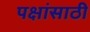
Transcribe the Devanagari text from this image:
पक्षांसाठी